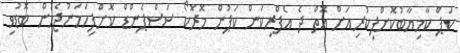
ކަޕް ކާމިޔާބުކޮށްފިކުރިއަށް އޮތް ދެ އެފްރިކަން ކަޕުން މޮރޮކޯ ސަސްޕެންޑް ކޮށްފިހަމަނުޖެހުން ބޮޑުވި